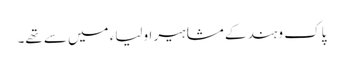
پاک و ہند کے مشاہیر اولیاء میں سے تھے۔